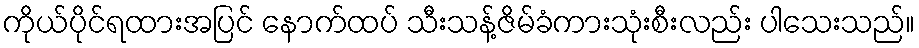
ကိုယ်ပိုင်ရထားအပြင် နောက်ထပ် သီးသန့်ဇိမ်ခံကားသုံးစီးလည်း ပါသေးသည်။